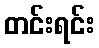
တင်းရင်း